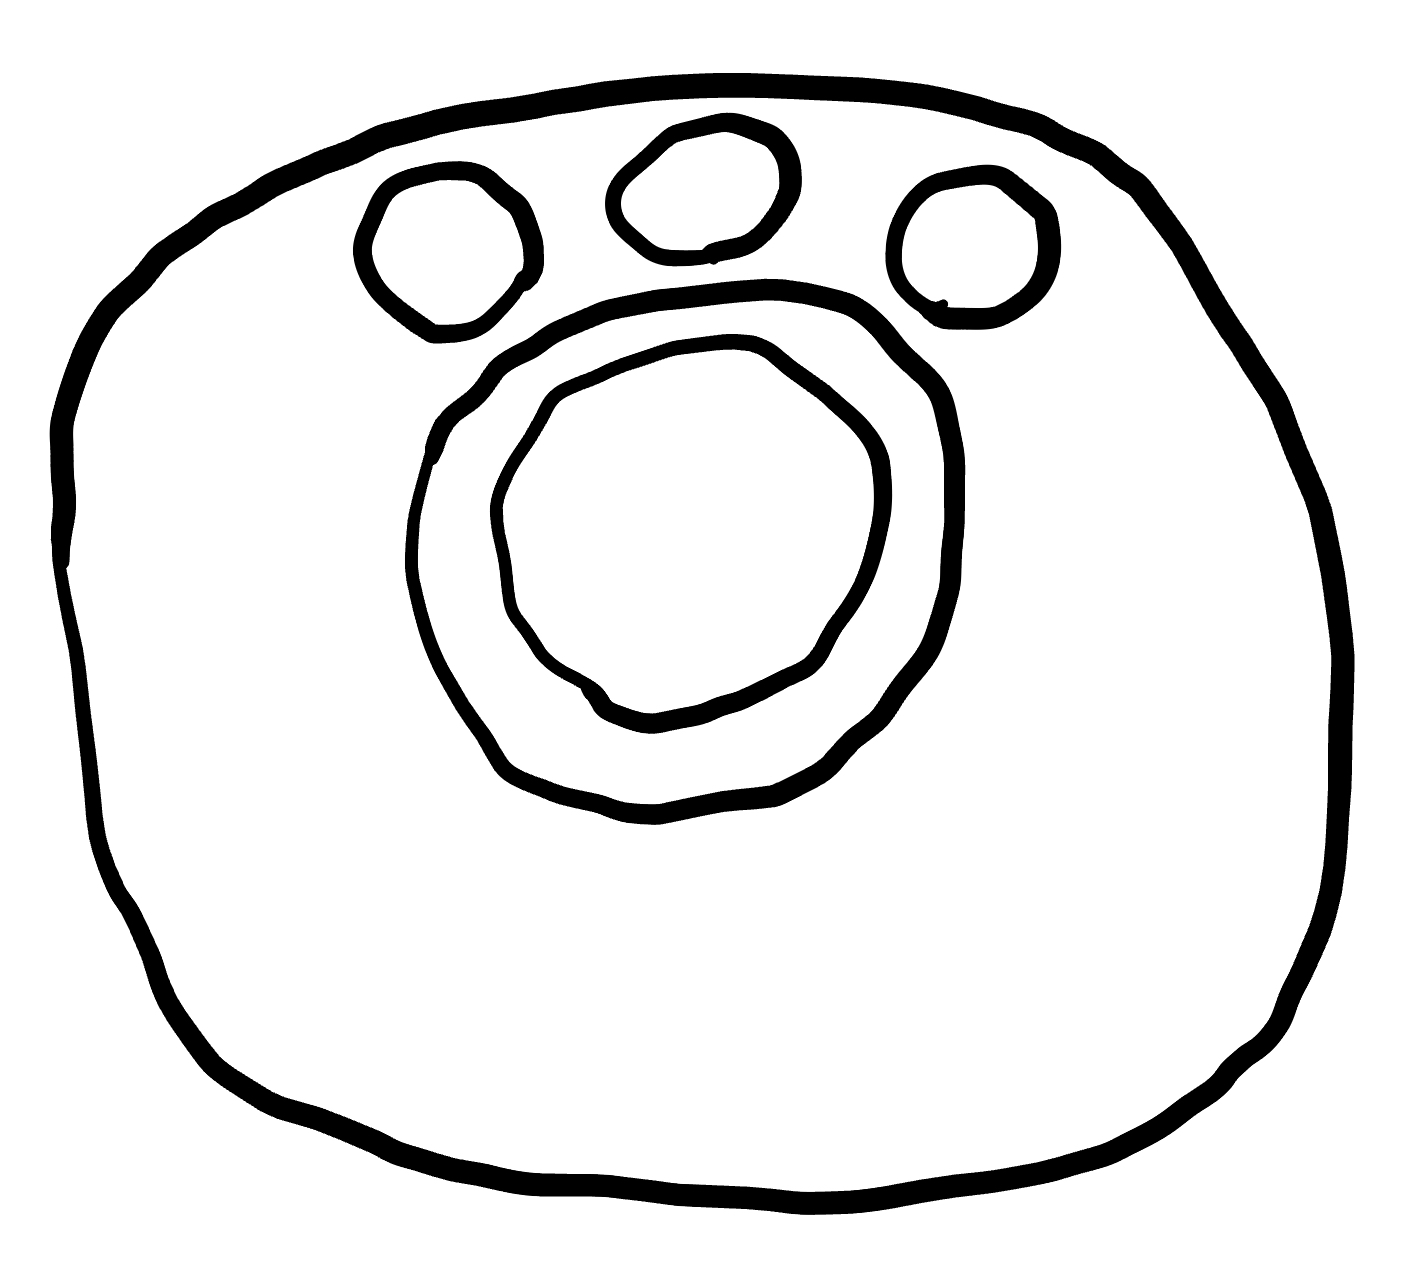
Number of regions (including the outer root region): 7
Containment tree edges (parent, child): 0, 1, 1, 2, 1, 4, 1, 5, 1, 6, 2, 3